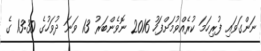
ނަންގަވައި ފުރިހަމަ ކުރެއްވުމަށްފަހު 2016 ނޮވެންބަރު 13 ވަނަ ދުވަހުގެ 13:30 ގެ